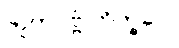
ဘူတပုဗ္ဗံ ဘိက္ခဝေ၊